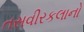
તસવીરકલાનો